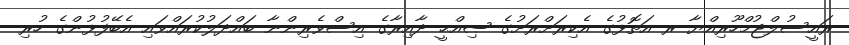
ރައީސުލްޖުމްހޫރިއްޔާ ރ އަތޮޅުގެ އެކިރަށްރަށުގެ ޞިއްޙީ ދާއިރާގެ އިސްވެރިންނާ ބައްދަލުކުރައްވައި އެބޭފުޅުންގެ ހުރި